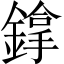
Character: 鎿